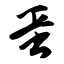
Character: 蛋